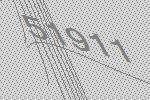
51911